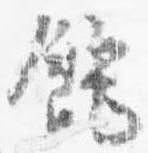
飩